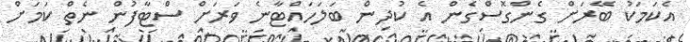
އެކަމަކު ބޭރަށް ގެންގޮސްގެން އެ ކުދިން ބަލަހައްޓާނެ ވަރަށް ސްޓާފުން ނެތް ކަމަށް